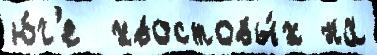
ю́г'е  хвостовы́х на